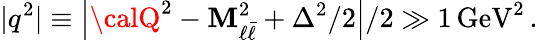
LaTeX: |q^{2}|\equiv\left|{\calQ}^{2}-\mathbf{M}_{\ell\bar{{\ell}}}^{2}+\Delta^{2}/2\right|/2\gg1\, \mathrm{{GeV}}^{2}\, .